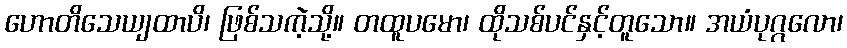
ဟောတိသေယျထာပိ၊ ဖြစ်သကဲ့သို့။ တထူပမော၊ ထိုသစ်ပင်နှင့်တူသော။ အယံပုဂ္ဂလော၊